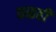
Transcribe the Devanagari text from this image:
छळही